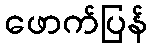
ဖောက်ပြန်